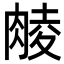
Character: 𮌜